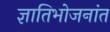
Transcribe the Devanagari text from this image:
ज्ञातिभोजनांत